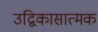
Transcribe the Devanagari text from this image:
उद्विकासात्मक